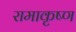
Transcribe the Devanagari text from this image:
रामाकृष्ण